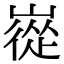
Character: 嵸